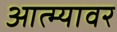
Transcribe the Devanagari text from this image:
आत्म्यावर